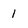
Character: 1